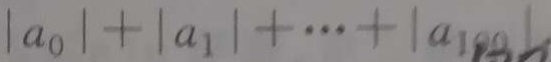
\vert a _ { 0 } \vert + \vert a _ { 1 } \vert + \cdots + \vert a _ { 1 0 0 } \vert